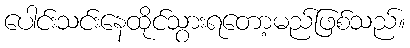
ပေါင်းသင်းနေထိုင်သွားရတော့မည်ဖြစ်သည်။